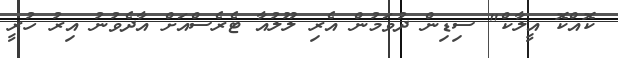
ކޮއްކޮ އީލާކް" ސިޑިން ދުވަމުން އެރި ލޫލުއާ ޓެރެސްއަށް އާދެވުނު އިރު ހުރީ